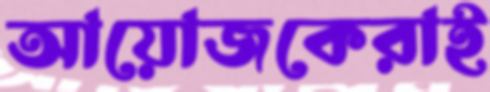
আয়োজকেরাই